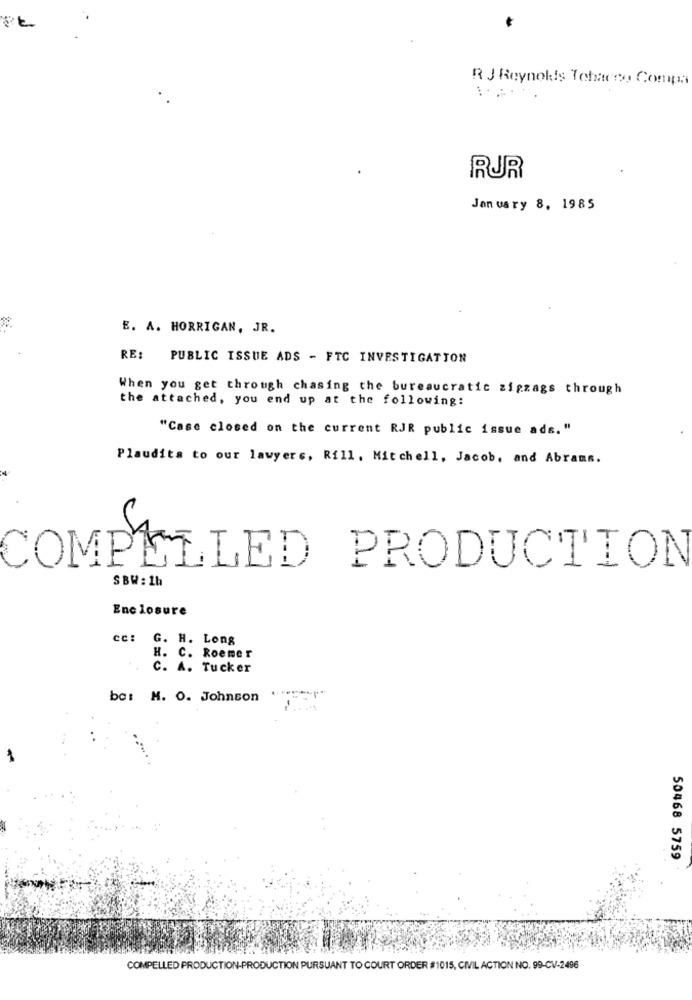
R J Reynokis Tchacco Compa
RUR
January 8, 1985
E. A. HORRIGAN, JR.
RE: PUBLIC ISSUE ADS - FTC INVESTIGATION
When you get through chasing the bureaucratic zigzags through
the attached, you end up at the following:
"Case closed on the current RJR public issue ads."
Plaudits to our lawyers, Rill. Mitchell, Jacob, and Abrams.
COMPELLED PRODUCTION
SBW : 1h
Enclosure
cc: G. H. Long
H. C. Roemer
C. A. Tucker
bc: H. O. Johnson
50468 5759
COMPELLED PRODUCTION-PRODUCTION PURSUANT TO COURT ORDER #1015, CIVIL ACTION NO. 99-CV-2496